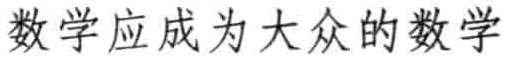
数学应成为大众的数学